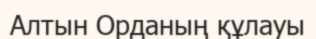
Алтын Орданың құлауы